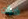
خبأت